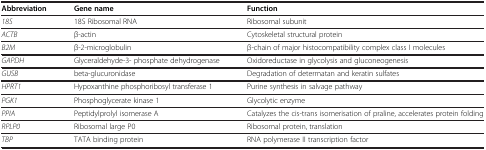
<table><thead><tr><td><b>Abbreviation</b></td><td><b>Gene name</b></td><td><b>Function</b></td></tr></thead><tbody><tr><td><i>18S</i></td><td>18S Ribosomal RNA</td><td>Ribosomal subunit</td></tr><tr><td><i>ACTB</i></td><td>β-actin</td><td>Cytoskeletal structural protein</td></tr><tr><td><i>B2M</i></td><td>β-2-microglobulin</td><td>β-chain of major histocompatibility complex class I molecules</td></tr><tr><td><i>GAPDH</i></td><td>Glyceraldehyde-3- phosphate dehydrogenase</td><td>Oxidoreductase in glycolysis and gluconeogenesis</td></tr><tr><td><i>GUSB</i></td><td>beta-glucuronidase</td><td>Degradation of determatan and keratin sulfates</td></tr><tr><td><i>HPRT1</i></td><td>Hypoxanthine phosphoribosyl transferase 1</td><td>Purine synthesis in salvage pathway</td></tr><tr><td><i>PGK1</i></td><td>Phosphoglycerate kinase 1</td><td>Glycolytic enzyme</td></tr><tr><td><i>PPIA</i></td><td>Peptidylprolyl isomerase A</td><td>Catalyzes the cis-trans isomerisation of praline, accelerates protein folding</td></tr><tr><td><i>RPLP0</i></td><td>Ribosomal large P0</td><td>Ribosomal protein, translation</td></tr><tr><td><i>TBP</i></td><td>TATA binding protein</td><td>RNA polymerase II transcription factor</td></tr></tbody></table>